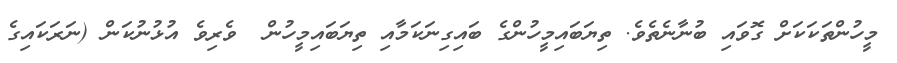
މީހުންތަކަކަށް ގޮވައި ބުނާނެތެވެ. ތިޔަބައިމީހުންގެ ބައިގިނަކަމާއި ތިޔަބައިމީހުން  ވެރިވެ އުޅުނުކަން (ނަރަކައިގެ